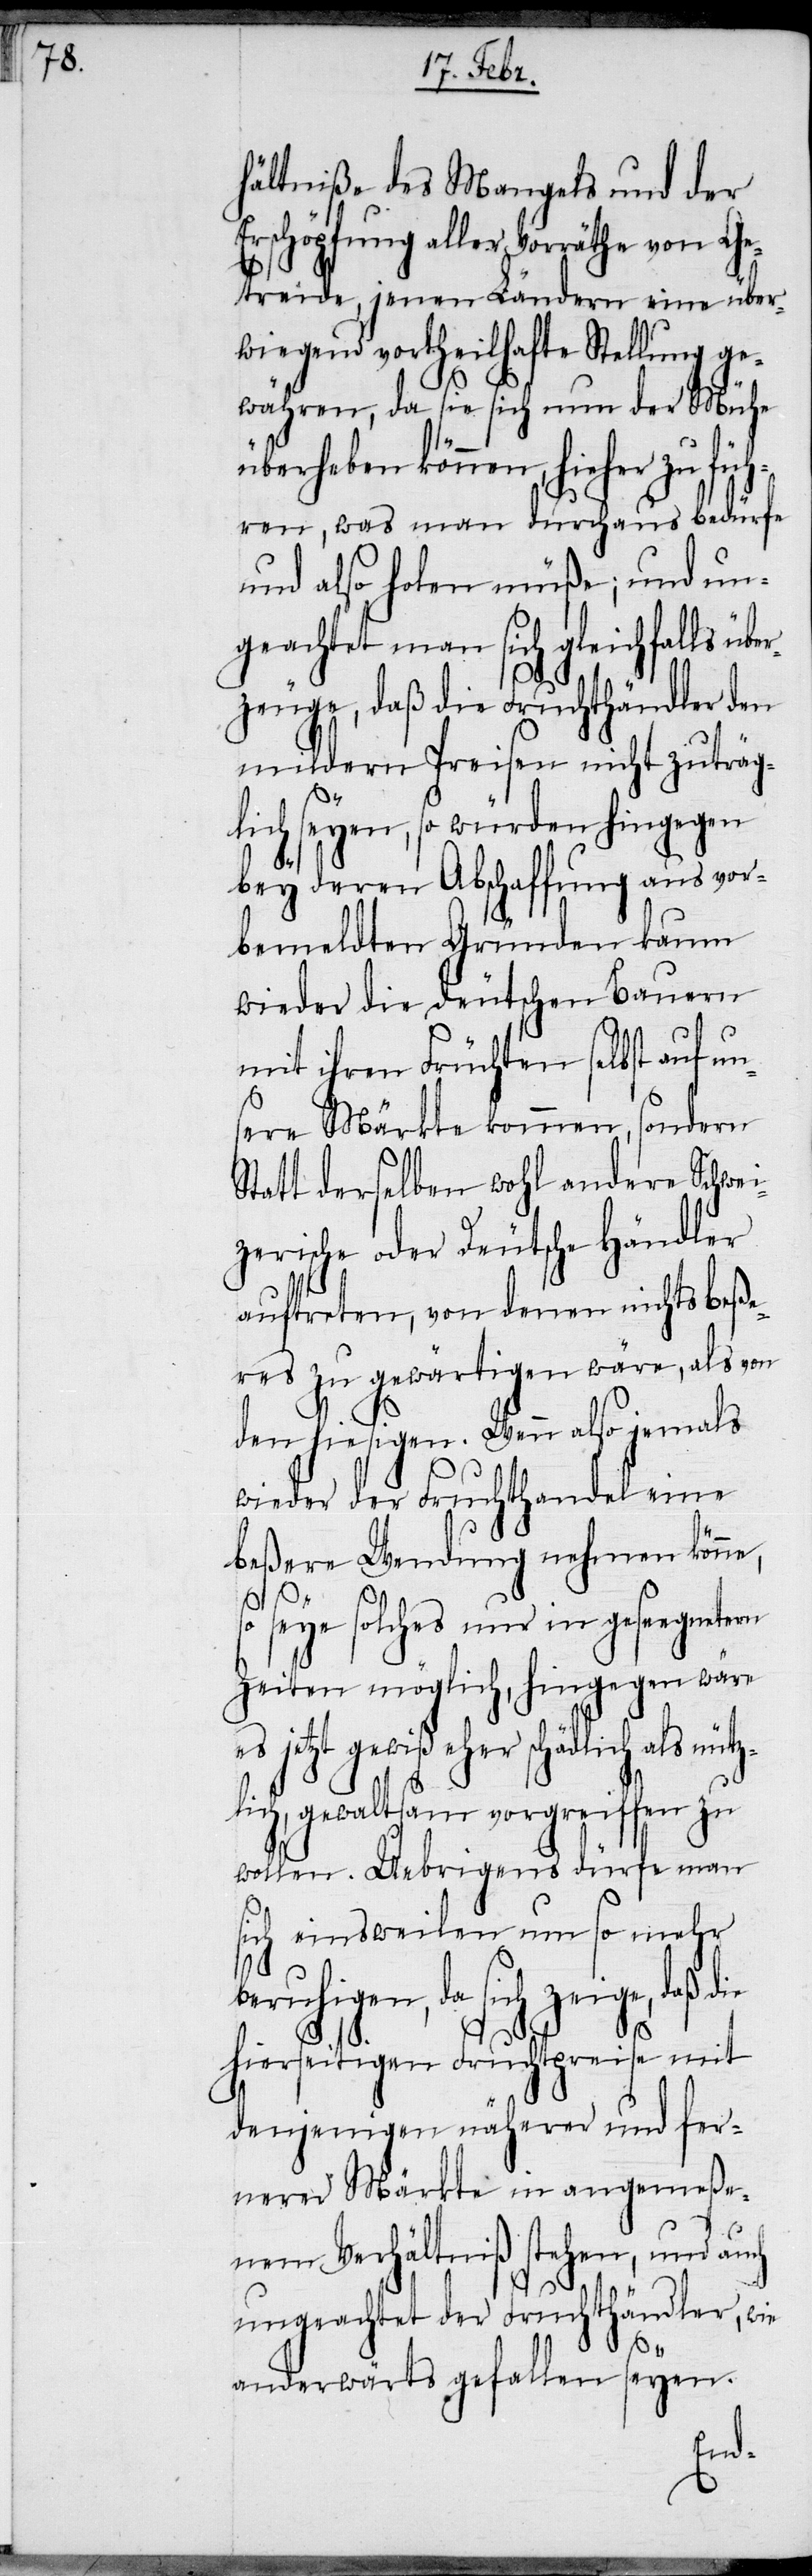
hältniße des Mangels und der
Erschöpfung aller Vorräthe von Ge¬
treide, jenen Ländern eine über¬
wiegend vortheilhafte Stellung ge¬
währen, da sie sich nun der Mühe
überheben können, hieher zu f¬
ühren, was man durchaus bedürfe
und also holen müße; und un¬
geachtet man sich gleichfalls üb¬
zeuge, daß die Fruchthändler den
mildern Preisen nicht zuträg¬
lich seyen, so würden hingegen
bey deren Abschaffung aus vor¬
bemeldten Gründen kaum
wieder die deutschen Bauern
mit ihren Früchten selbst auf un¬
sere Märkte kommen, sondern
Statt derselben wohl andere Schwe¬
izerische oder Deutsche Händler
auftreten, von denen nichts be¬
ßeres zu gewärtigen wäre, als von
den hiesigen. Wenn also jemals
wieder der Fruchthandel eine
beßere Wendung nehmen könne,
so seye solches nur in gesegnetern
Zeiten möglich, hingegen wäre
es jetzt gewiß eher schädlich als nütz¬
lich, gewaltsam vorgreiffen zu
wollen. Uebrigens dürfe man
sich einsweilen um so mehr
da sich zeige, daß die
hierseitigen Fruchtpreise mit
denjenigen näherer und fer¬
nerer Märkte in angemeße¬
nem Verhältniß stehen, und auch
ungeachtet der Fruchthändler, wie
anderwärts gefallen seyen.
er¬